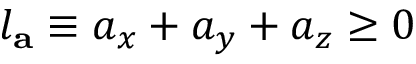
l _ { \mathbf { a } } \equiv a _ { x } + a _ { y } + a _ { z } \geq 0